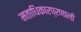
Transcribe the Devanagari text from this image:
मताधिकारप्रणाली